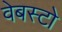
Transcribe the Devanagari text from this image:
वेबस्टो